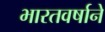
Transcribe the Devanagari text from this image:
भारतवर्षाने